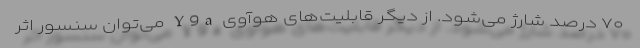
۷۰ درصد شارژ می‌شود. از دیگر قابلیت‌های هوآوی Y9a می‌توان سنسور اثر